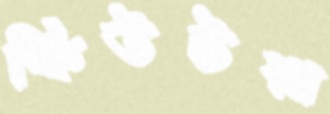
কিউটরা